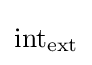
\operatorname {int} _{\operatorname {ext} }